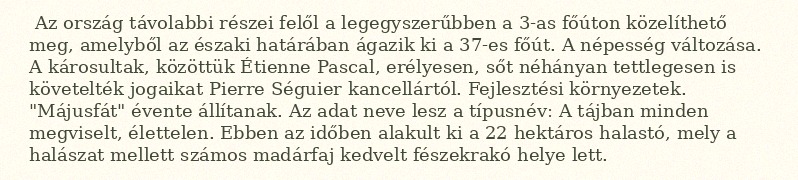
Az ország távolabbi részei felől a legegyszerűbben a 3-as főúton közelíthető meg, amelyből az északi határában ágazik ki a 37-es főút. A népesség változása. A károsultak, közöttük Étienne Pascal, erélyesen, sőt néhányan tettlegesen is követelték jogaikat Pierre Séguier kancellártól. Fejlesztési környezetek. "Májusfát" évente állítanak. Az adat neve lesz a típusnév: A tájban minden megviselt, élettelen. Ebben az időben alakult ki a 22 hektáros halastó, mely a halászat mellett számos madárfaj kedvelt fészekrakó helye lett.